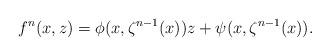
LaTeX: \begin{align*}f^n(x,z) = \phi(x,\zeta^{n-1}(x))z + \psi(x,\zeta^{n-1}(x)).\end{align*}